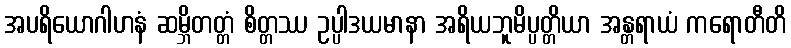
အပရိယောဂါဟနံ ဆမ္ဘိတတ္တံ စိတ္တဿ ဥပ္ပါဒယမာနာ အရိယဘူမိပ္ပတ္တိယာ အန္တရာယံ ကရောတီတိ